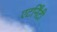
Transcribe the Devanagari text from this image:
एटर्निंटी